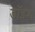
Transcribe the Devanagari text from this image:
डॉइश